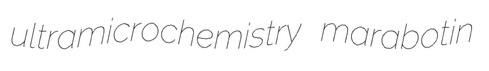
ultramicrochemistry marabotin